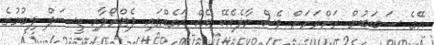
އޭގެ ސަބަބުން ރަށްރަށަށް ވެސް މާލެއެކޭ އެއް އަގެއްގައި ޕެޓްރޯލާއި ޑީސަލް ލިބުމުގެ